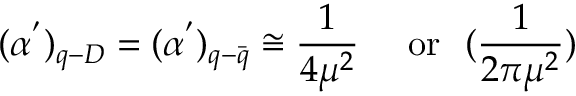
( \alpha ^ { ' } ) _ { q - D } = ( \alpha ^ { ' } ) _ { q - \bar { q } } \cong \frac { 1 } { 4 \mu ^ { 2 } } ~ ~ ~ ~ \mathrm { o r } ~ ~ ( \frac { 1 } { 2 \pi \mu ^ { 2 } } )